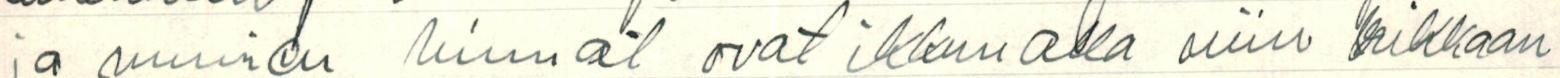
ja munien hinnat ovat ikkunalla niin rikkaan